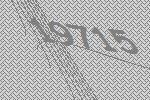
19715